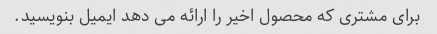
برای مشتری که محصول اخیر را ارائه می دهد ایمیل بنویسید.